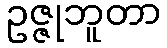
ဥဇ္ဇုဘူတာ